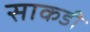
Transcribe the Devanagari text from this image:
साकडी